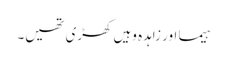
ہیما اور زاہدہ وہیں کھڑی تھیں۔